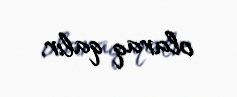
olaraq qalır.